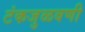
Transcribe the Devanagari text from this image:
टंकजुळवणी